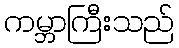
ကမ္ဘာကြီးသည်